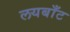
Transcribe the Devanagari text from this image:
लयबाँट